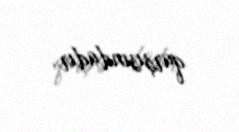
qarşısındadır.